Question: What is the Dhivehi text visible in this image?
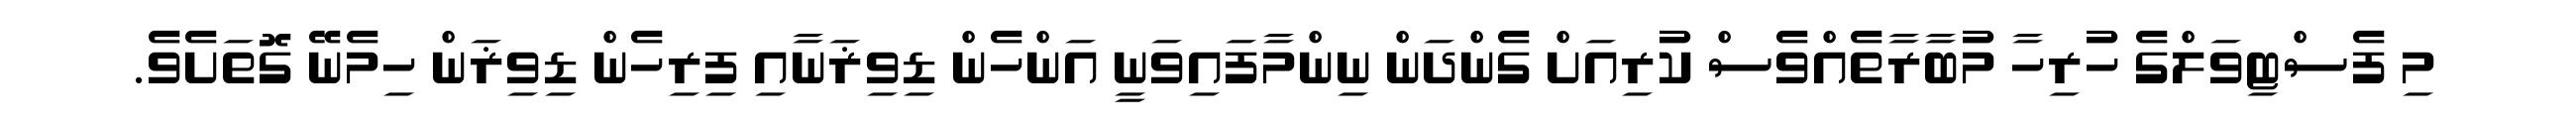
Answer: މި ފެސްޓިވަލްގެ ހުރިހާ މުބާރާތެއްވެސް ކުރިއަށް ގެންދަން ނިންމާފައިވަނީ އަންހެން ޑިވިޜަނާއި ފިރިހެން ޑިވިޜަން ހިމެނޭ ގޮތަށެވެ.